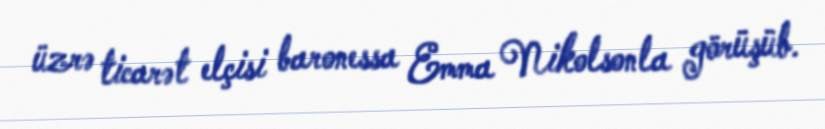
üzrə ticarət elçisi baronessa Emma Nikolsonla görüşüb.